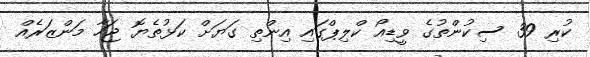
ކުރި 39 ސިކުންތުގެ ވީޑިއޯ ކްލިޕްގައި އިންތި ގަޔަށް ކަޅުތެޔޮ ޖަހާ މަންޒަރެއް